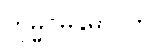
ကုမ္မဂ္ဂမနုဓာဝတိ